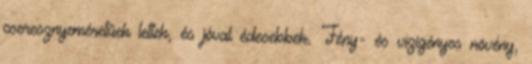
cseresznyeméretűek lettek, és jóval édesebbek. Fény- és vízigényes növény,